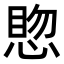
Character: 𪬊